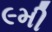
૯મી